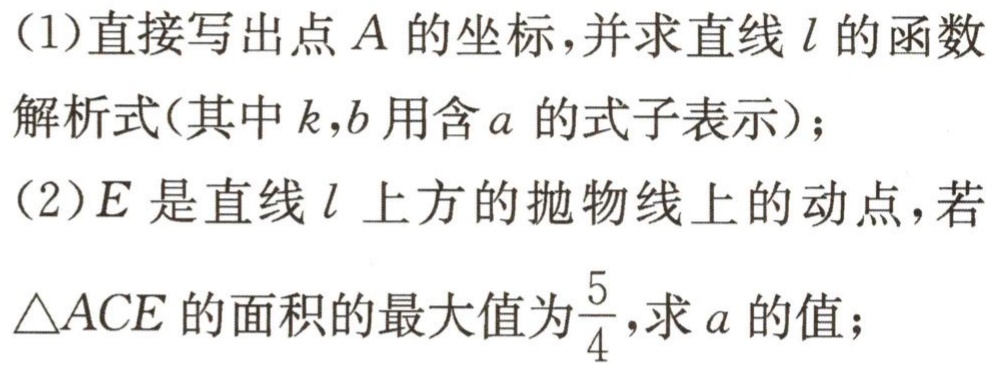
（1）直接写出点\(A\)的坐标，并求直线\(l\)的函数解析式(其中\(k,b\)用含\(a\)的式子表示)；
（2）\(E\)是直线\(l\)上方的抛物线上的动点，若\(\triangle ACE\)的面积的最大值为\(\frac{5}{4}\)，求\(a\)的值；